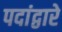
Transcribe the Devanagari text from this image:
पदांद्वारे